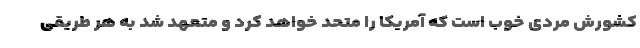
کشورش مردی خوب است که آمریکا را متحد خواهد کرد و متعهد شد به هر طریقی